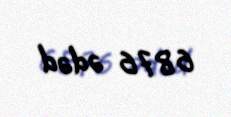
6876 ədəd